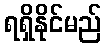
ရရှိနိုင်မည်